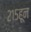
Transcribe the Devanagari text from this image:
२१५हून